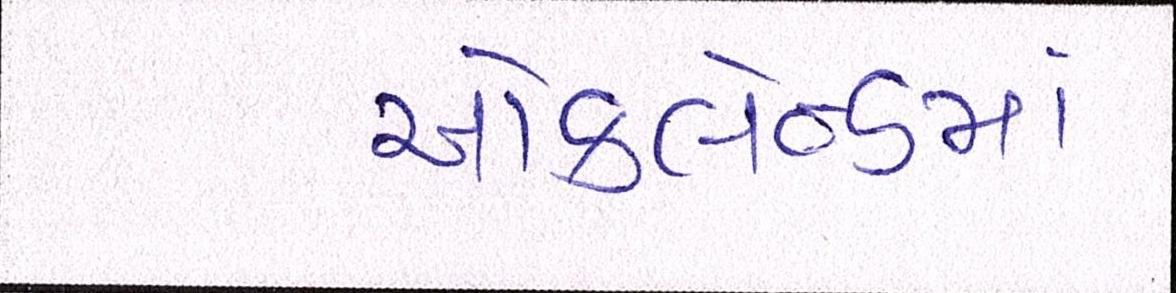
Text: ઑકલેન્ડમાં